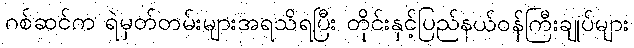
ဂစ်ဆင်က ရဲမှတ်တမ်းများအရသိရပြီး တိုင်းနှင့်ပြည်နယ်ဝန်ကြီးချုပ်များ